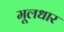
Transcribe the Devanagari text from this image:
मूलधार